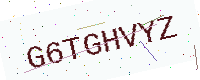
Text: G6TGHVYZ